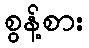
စွန့်စား